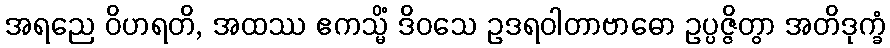
အရညေ ဝိဟရတိ, အထဿ ဧကသ္မိံ ဒိဝသေ ဥဒရဝါတာဗာဓော ဥပ္ပဇ္ဇိတွာ အတိဒုက္ခံ